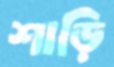
শাড়ি